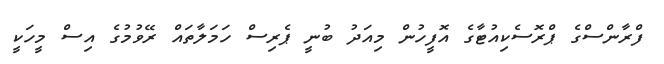
ފްރާންސްގެ ޕްރޮސެކިއުޓާގެ އޮފީހުން މިއަދު ބުނީ ޕެރިސް ހަމަލާތައް ރޭވުމުގެ އިސް މީހަކީ